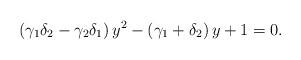
LaTeX: \begin{align*}\left(\gamma_{1}\delta_{2}-\gamma_{2}\delta_{1}\right)y^{2}-\left(\gamma_{1}+\delta_{2}\right)y+1=0.\end{align*}